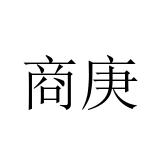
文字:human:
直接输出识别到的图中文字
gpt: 商庚